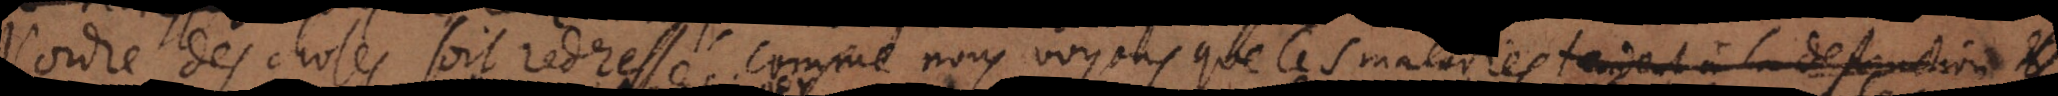
l’ordre des choses soit redressé, comme nous voyons que les maladies affoiblissent, et